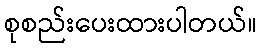
စုစည်းပေးထားပါတယ်။